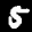
Label: 5